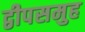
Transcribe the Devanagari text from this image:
द्वीपसमुह